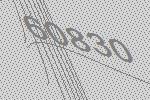
60830